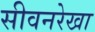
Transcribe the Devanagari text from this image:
सीवनरेखा